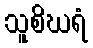
သူစိဃရံ